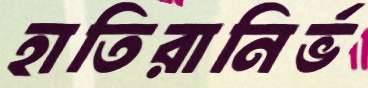
হাতিরানির্ভ